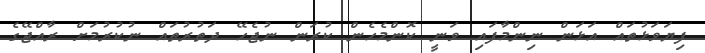
ފިޔަވަޅުތައް އަޅަން ނިންމާފައި ވަނީ ކޮންމެހެން ކުރަން ނުޖެހޭ ދަތުރުތައް ނުކުރުމަށް ރާއްޖޭގެ